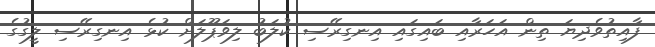
ފާއިތުވެދިޔަ ތިން އަހަރާއި ބައިގައި އިނގިރޭސި ކުލަބު ލިވަޕޫލަށް ކުޅެ އިނގިރޭސި ލީގުގެ